65_HS1-834228961_62-HQ-83894_Section_5
Agency: FBI
Page 209
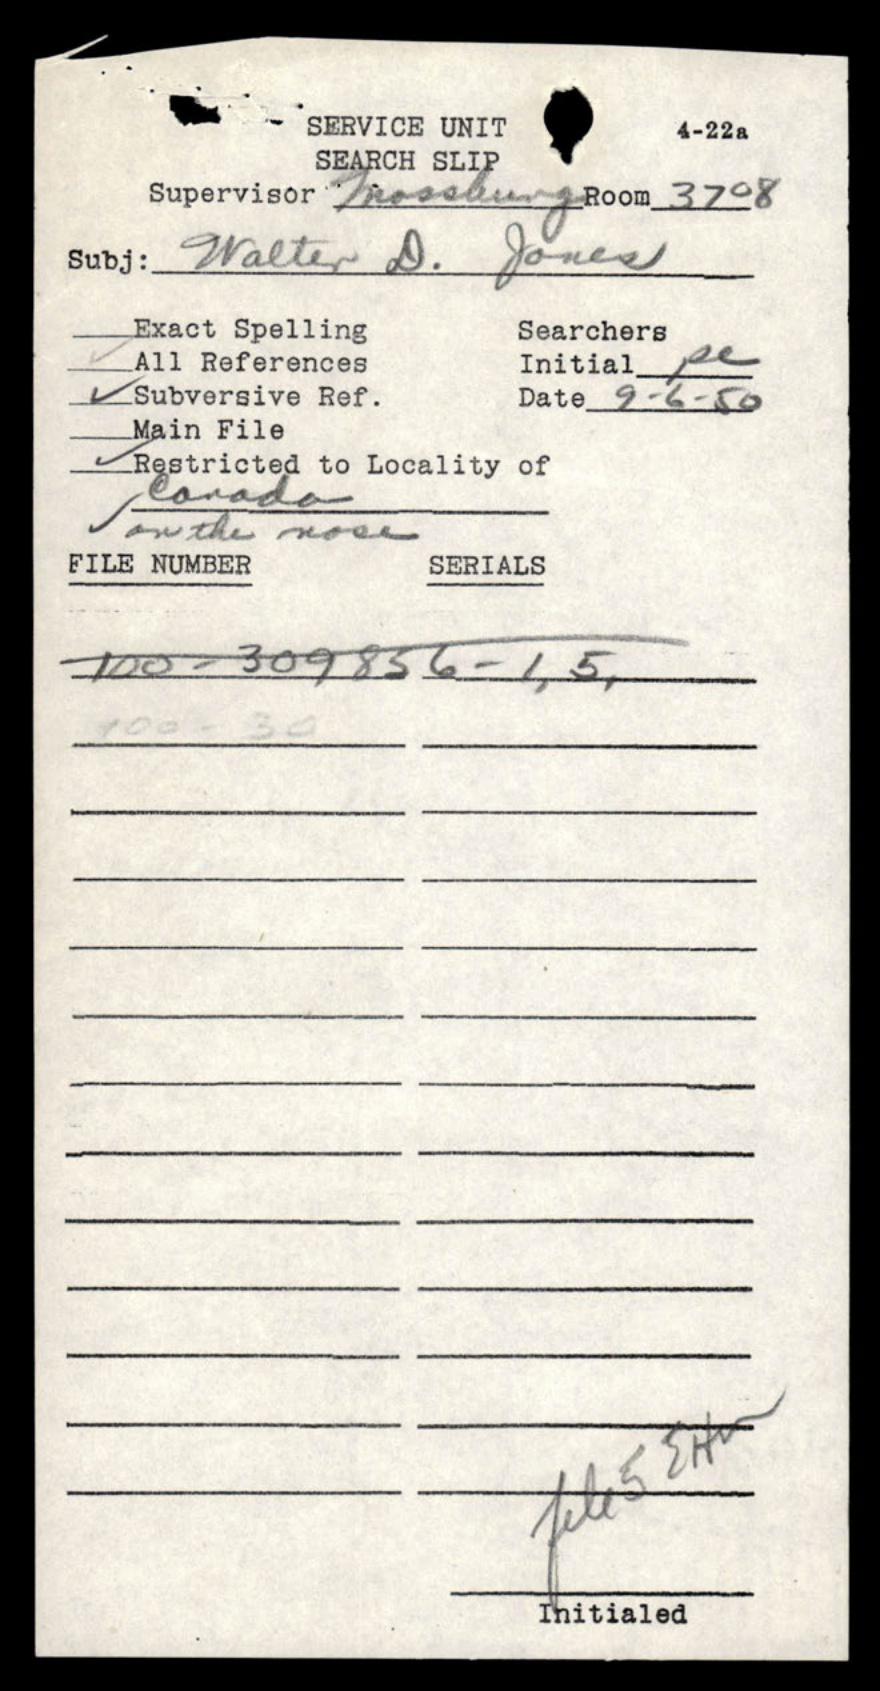